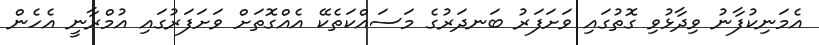
އެމަނިކުފާނު ވިދާޅުވި ގޮތުގައި ވަށަފަރު ބަނދަރުގެ މަސައްކަތެކޭ އެއްގޮތަށް ވަށަފަރުގައި އުމްރާނީ އެހެން